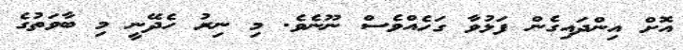
އޮށް އިންދައިގެން ފަޅުވާ ގަހެއްވެސް ނޫނެވެ. މި ނިރު ހެދޭނީ މި ބާވަތުގެ